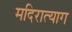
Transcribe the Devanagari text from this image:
मदिरात्याग